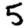
Digit: 5